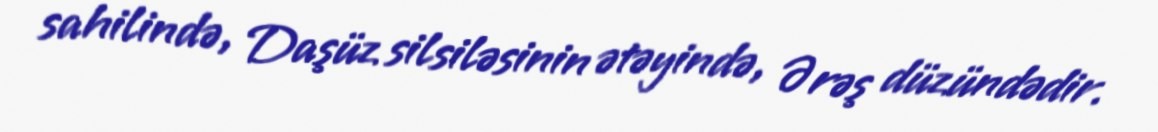
sahilində, Daşüz silsiləsinin ətəyində, Ərəş düzündədir.